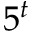
5 ^ { t }